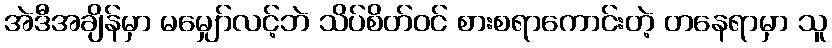
အဲဒီအချိန်မှာ မမျှော်လင့်ဘဲ သိပ်စိတ်ဝင် စားစရာကောင်းတဲ့ တနေရာမှာ သူ